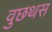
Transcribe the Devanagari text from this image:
वुछथस